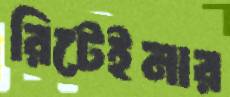
রিটেইনার